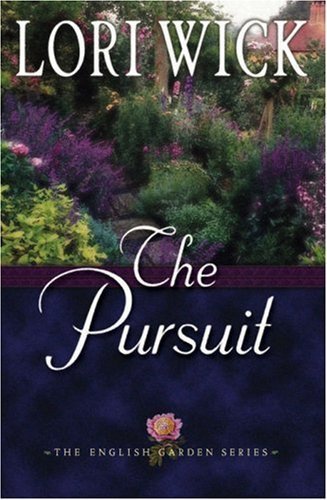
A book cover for Pursuit [English Garden Series #4] by Wick, Lori [Harvest House Publishers,2003] [Paperback]; Crafts, Hobbies & Home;